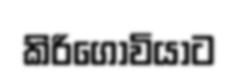
කිරිගොවියාට